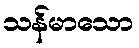
သန်မာသော